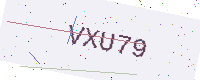
Text: VXU79